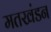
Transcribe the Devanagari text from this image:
मतखंडन